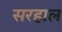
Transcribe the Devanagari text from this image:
सरहाल